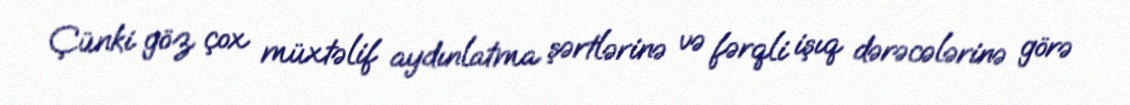
Çünki göz çox müxtəlif aydınlatma şərtlərinə və fərqli işıq dərəcələrinə görə